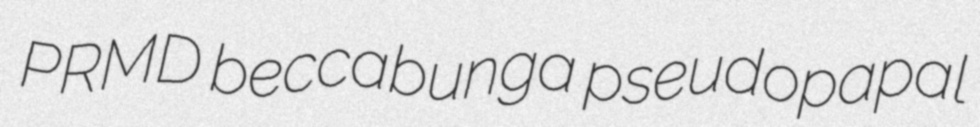
PRMD beccabunga pseudopapal